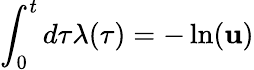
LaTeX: \int_{0}^{t}d\tau\lambda(\tau)=-\ln(\mathbf{u})